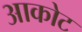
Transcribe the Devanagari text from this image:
आकोट